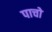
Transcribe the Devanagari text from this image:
पाचो